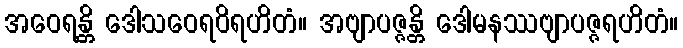
အဝေရန္တိ ဒေါသဝေရဝိရဟိတံ။ အဗျာပဇ္ဇန္တိ ဒေါမနဿဗျာပဇ္ဇရဟိတံ။